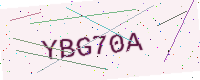
Text: YBG70A